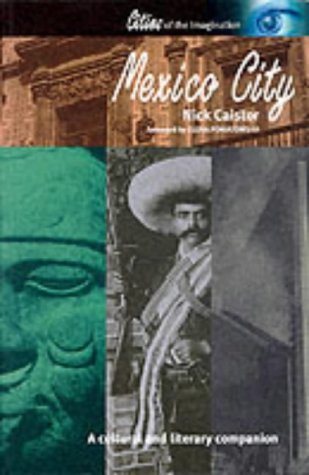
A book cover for Mexico City: A Cultural and Literary Companion (Cities of the Imagination); Nick Caistor; Travel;